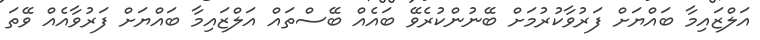
އަލްޒައިމާ ބައްޔަށް ފަރުވާކުރުމަށް ބޭނުންކުރެވޭ ބައެއް ބޭސްތައް އަލްޒައިމާ ބައްޔަށް ފަރުވާއެއް ވޭތަ